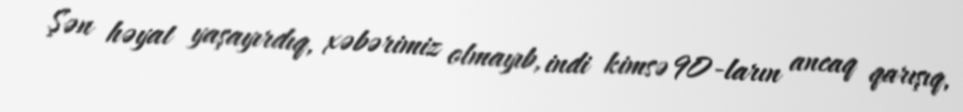
Şən həyat yaşayırdıq, xəbərimiz olmayıb, indi kimsə 90-ların ancaq qarışıq,